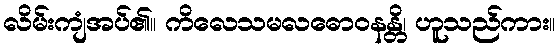
လိမ်းကျံအပ်၏။ ကိလေသမလဓောဝနန္တိ၊ ဟူသည်ကား။